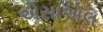
એસાએલ